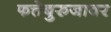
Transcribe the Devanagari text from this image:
फत्तेबुरुजावर